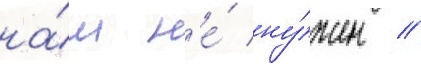
на́м н'е́ ну́жен /